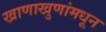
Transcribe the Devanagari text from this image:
खाणाखुणांमधून